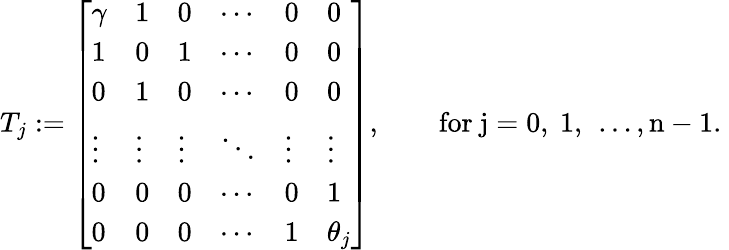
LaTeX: T_{j}:=\left[\begin{array}{llllll}{\gamma}&{1}&{0}&{\cdots}&{0}&{0}\\ {1}&{0}&{1}&{\cdots}&{0}&{0}\\ {0}&{1}&{0}&{\cdots}&{0}&{0}\\ {\vdots}&{\vdots}&{\vdots}&{\ddots}&{\vdots}&{\vdots}\\ {0}&{0}&{0}&{\cdots}&{0}&{1}\\ {0}&{0}&{0}&{\cdots}&{1}&{\theta_{j}}\end{array}\right],\qquad\mathrm{for~j=0,~1,~\ldots,n-1.~}